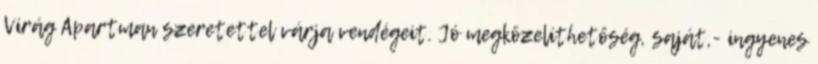
Virág Apartman szeretettel várja vendégeit. Jó megközelíthetőség, saját,- ingyenes